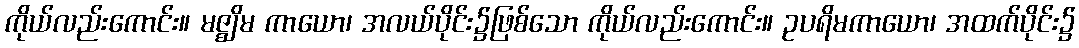
ကိုယ်လည်းကောင်း။ မဇ္ဈိမ ကာယော၊ အလယ်ပိုင်း၌ဖြစ်သော ကိုယ်လည်းကောင်း။ ဥပရိမကာယော၊ အထက်ပိုင်း၌